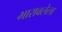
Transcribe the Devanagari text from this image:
भारावलेला